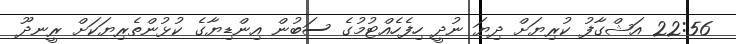
22:56 އަޝްގާފު ކުރިޔަށް ދިޔަ ނުދީ ހިފެހެއްޓުމުގެ ސަބުން އިންޑިޔާގެ ކުޅުންތެރިޔަކަށް ރީނދޫ